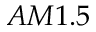
A M 1 . 5